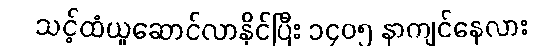
သင့်ထံယူဆောင်လာနိုင်ပြီး ၁၄၀၅ နာကျင်နေလား